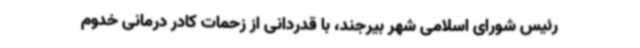
رئیس شورای اسلامی شهر بیرجند، با قدردانی از زحمات کادر درمانی خدوم